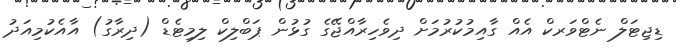
ޑިޖިޓަލް ނެޓްވަރކް އެއް ގާއިމުކުރުމަށް ދިވެހިރާއްޖޭގެ ގުޅުން ޕަބްލިކް ލިމިޓެޑް (ދިރާގު) އާއެކުމިއަދު